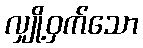
လျှို့ဝှက်သော